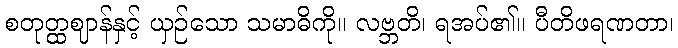
စတုတ္ထဈာန်နှင့် ယှဉ်သော သမာဓိကို။ လဗ္ဘတိ၊ ရအပ်၏။ ပီတိဖရဏတာ၊